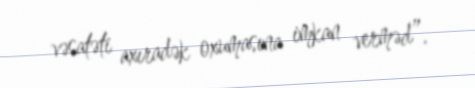
vəsatəti axıradək oxumasına imkan verməd”.